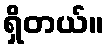
ရှိတယ်။